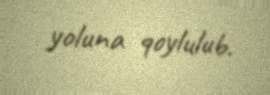
yoluna qoylulub.